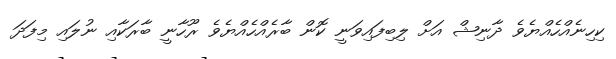
ކިހިނެއްހެއްޔެވެ ދާނިޝް އަށް ލިބިފައިވަނީ ކޮން ބާރެއްހެއްޔެވެ ރޫހާނީ ބާރަކާއި ނުލައި މިފަދަ